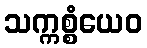
သက္ကစ္စံယေဝ